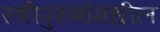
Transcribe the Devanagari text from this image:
स्त्रीपुरुषांमधील